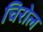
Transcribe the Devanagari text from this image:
चिरोल